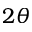
2 \theta